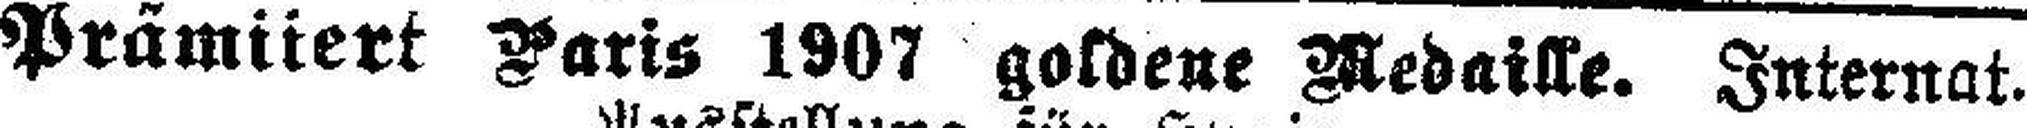
Prämitert Paris 1907 goldene Medaille. Internat.